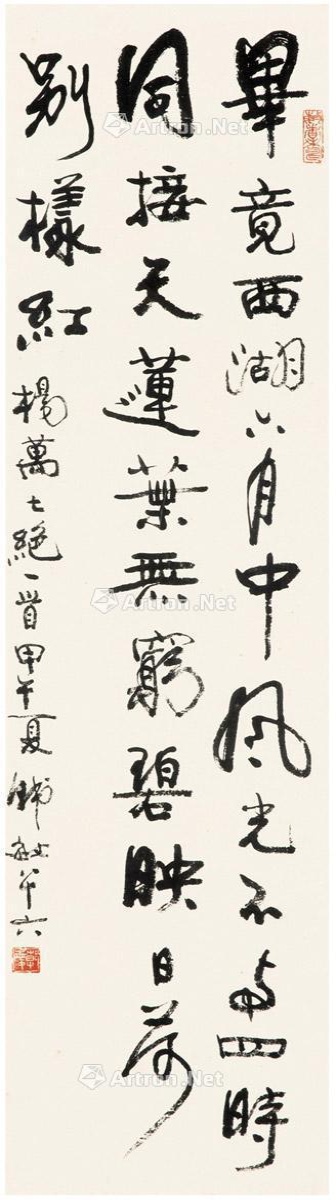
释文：毕竟西湖六月中，风光不与四时同。接天莲叶无穷碧，映日荷别样红。杨万七绝一首。甲午夏，韩敏八十六。